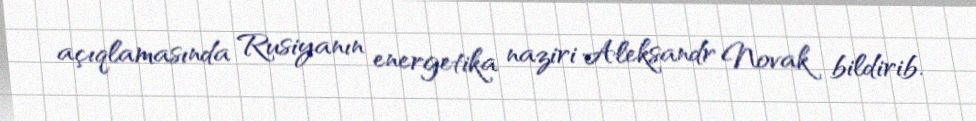
açıqlamasında Rusiyanın energetika naziri Aleksandr Novak bildirib.